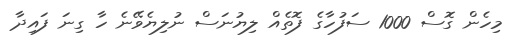
މިހެން ގޮސް 1000 ސަފުހާގެ ފޮތެއް ލިޔުނަސް ނުލިޔެވޭނެ ހާ ގިނަ ފައިދާ